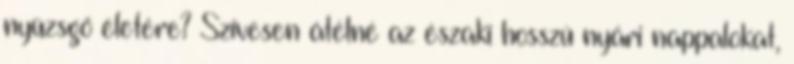
nyüzsgő életére? Szívesen átélné az északi hosszú nyári nappalokat,